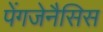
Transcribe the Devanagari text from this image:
पेंगजेनैसिस